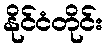
နိုင်ငံတိုင်း